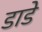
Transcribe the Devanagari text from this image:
डाडे